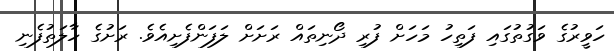
ހަވީރުގެ ވަގުތުގައި ފަތިހު މަހަށް ފުރި ދޯނިތައް ރަށަށް ލަފަންފެށިއެވެ. ރަށުގެ ހާލަތުފެނި